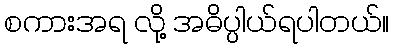
စကားအရ လို့ အဓိပ္ပါယ်ရပါတယ်။